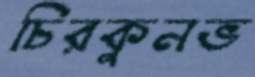
চিরকুনভ